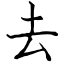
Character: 去